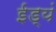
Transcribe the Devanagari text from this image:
ईड्यं